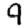
Digit: 9